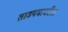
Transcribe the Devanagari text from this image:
ताडपत्रावरील